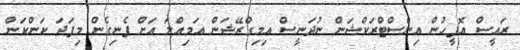
ރައީސް އޮފީހުން އިންސްޓްރަކްޝަން ނުދަނީސް އިމިގްރޭޝަން އަމިއްލަ އަށް ފެނިގެން މިފަދަ ކަންކަން